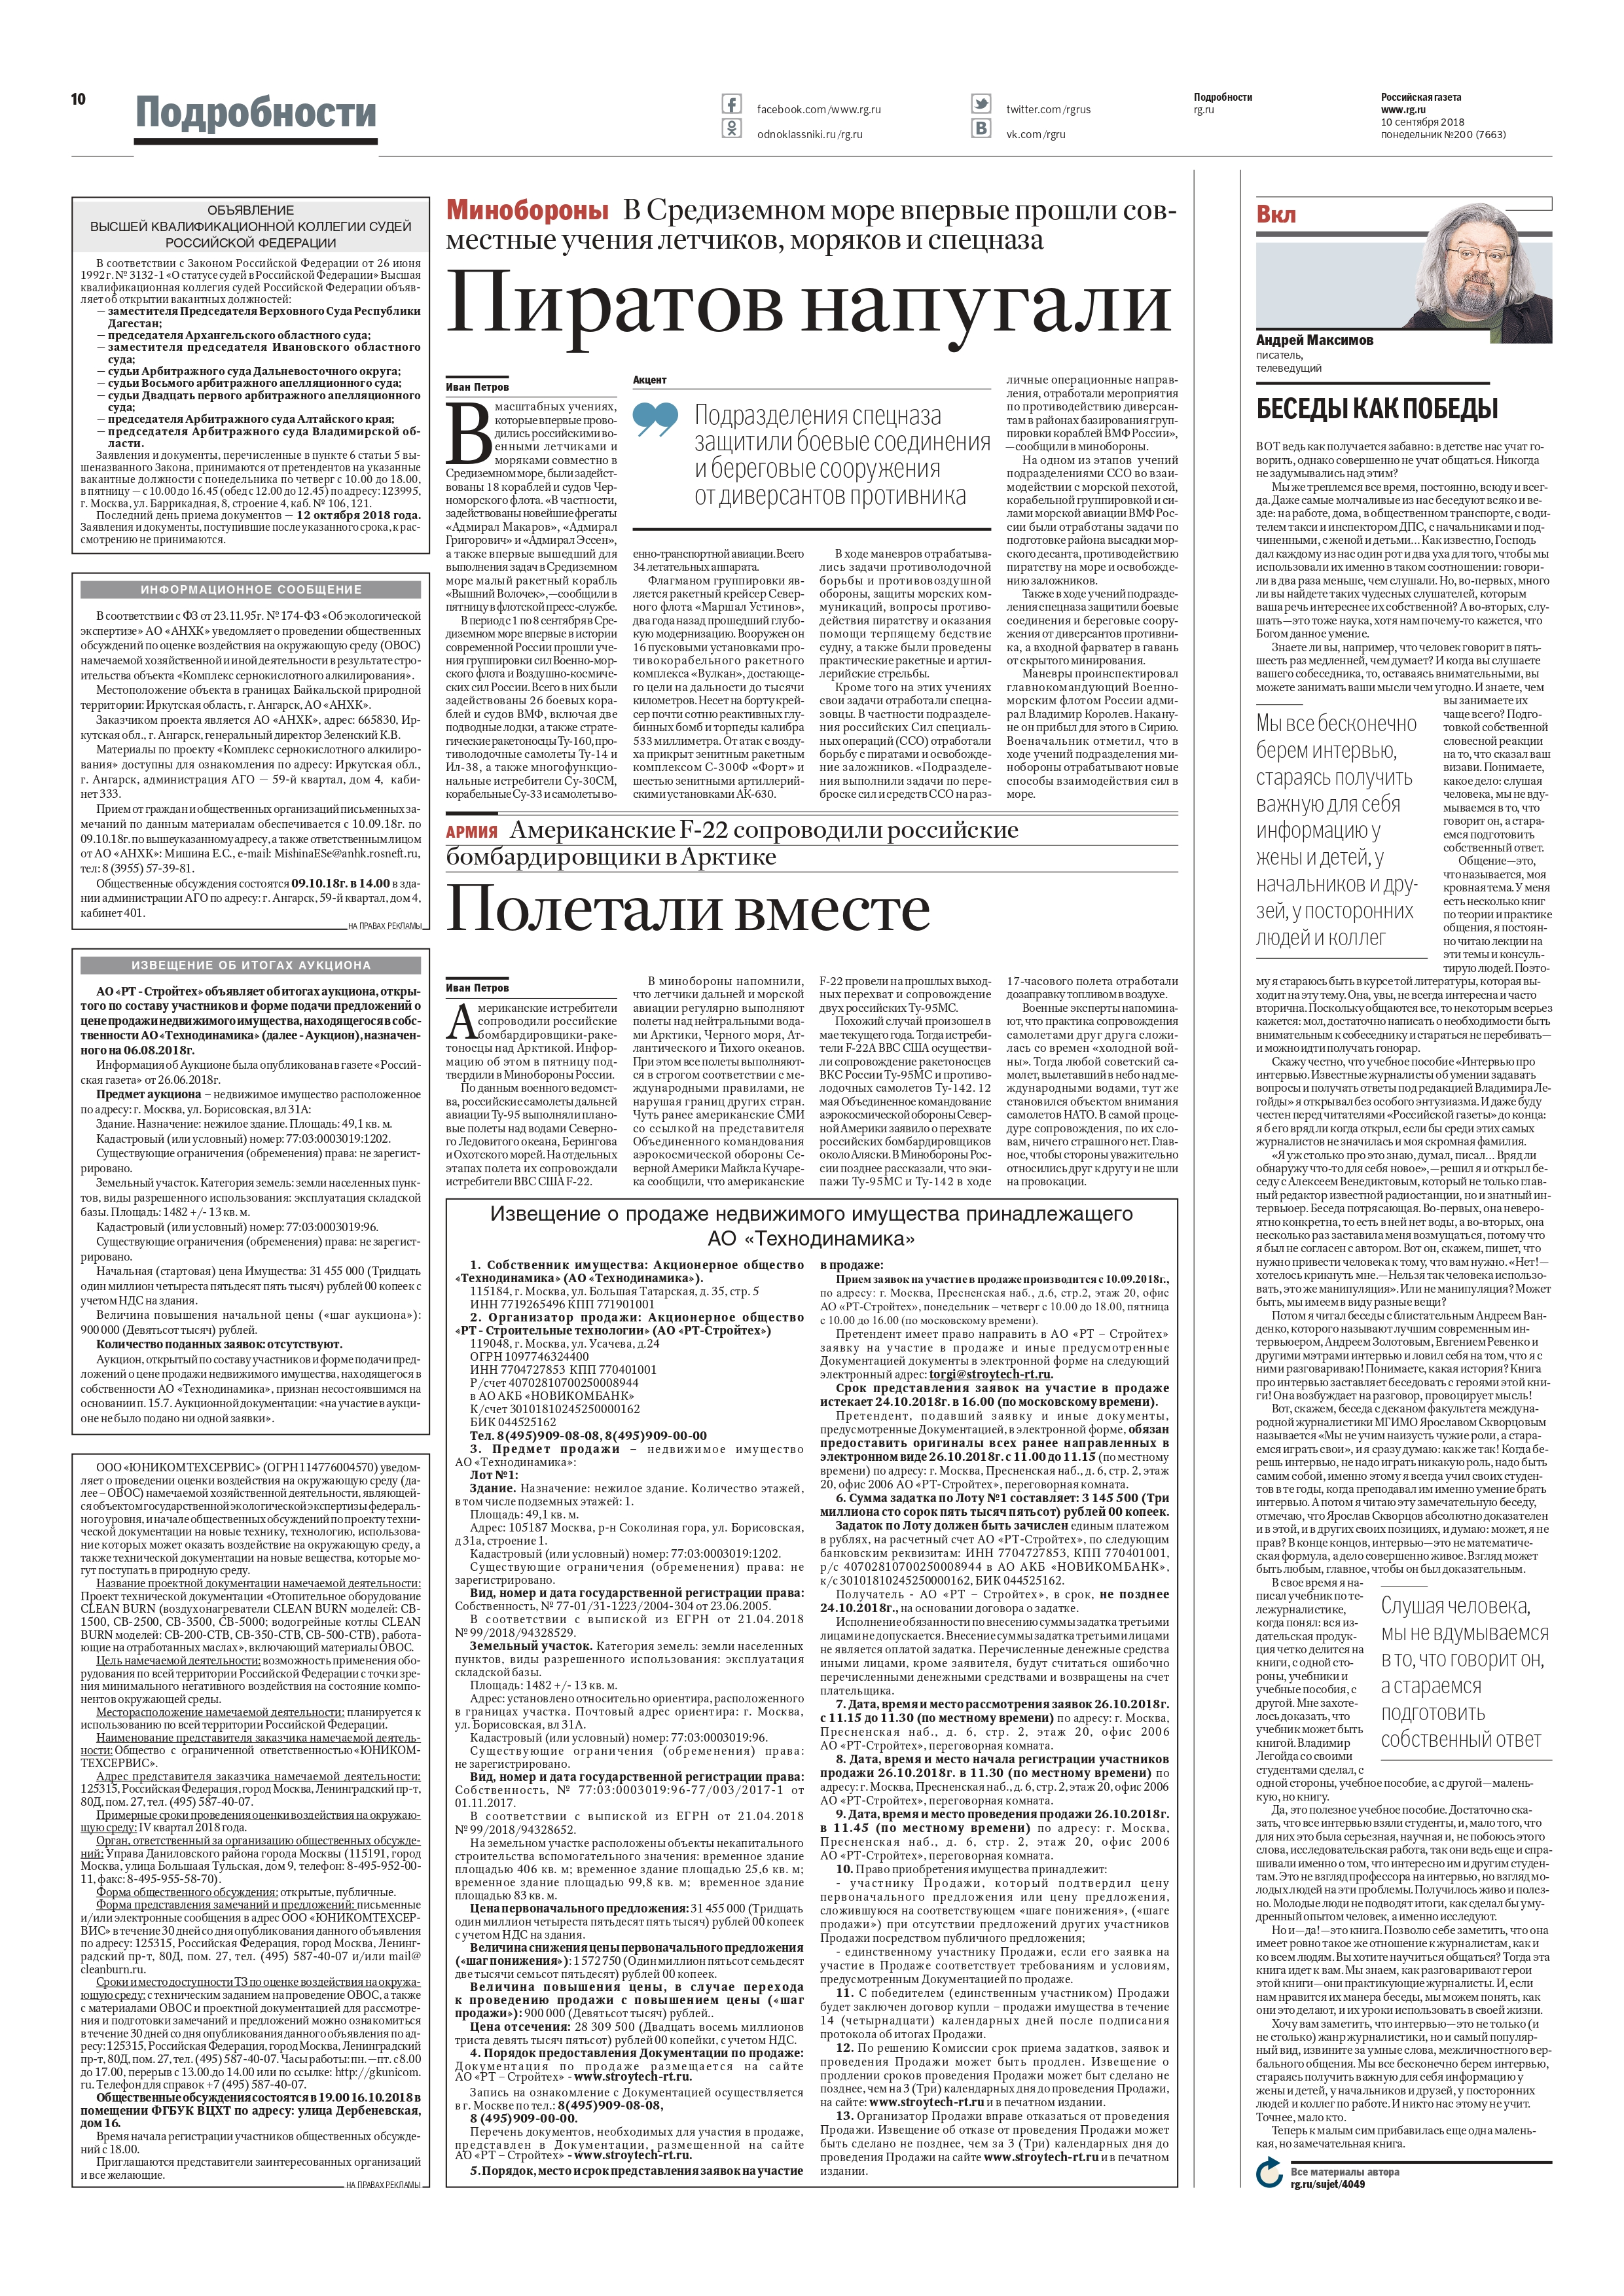
Language: ru